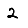
Digit: 2